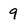
Character: 9